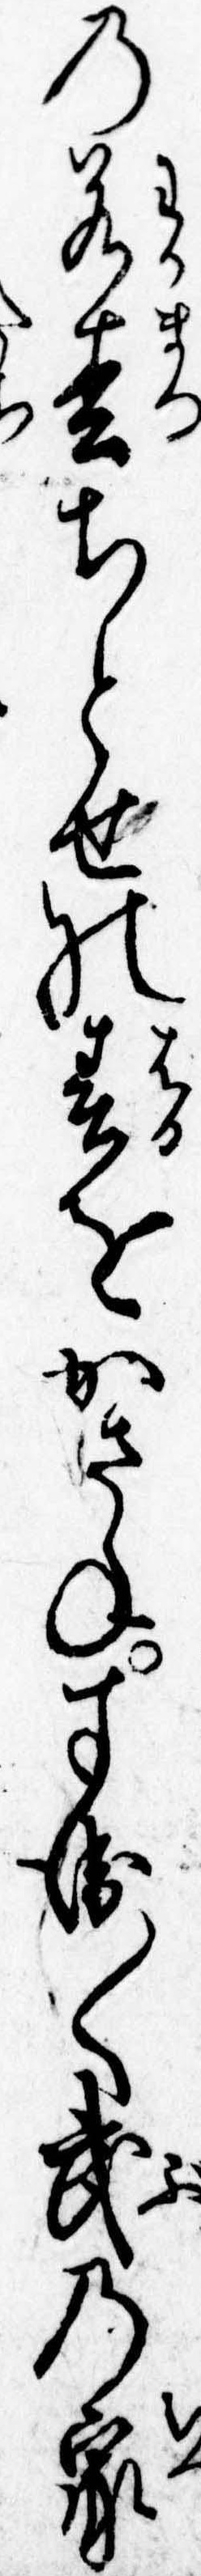
の若松ちとせの春をかさねすゑ〱武の家